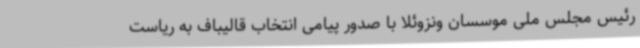
رئیس مجلس ملی موسسان ونزوئلا با صدور پیامی انتخاب قالیباف به ریاست